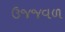
ઉજજવળ